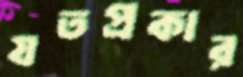
যতপ্রকার